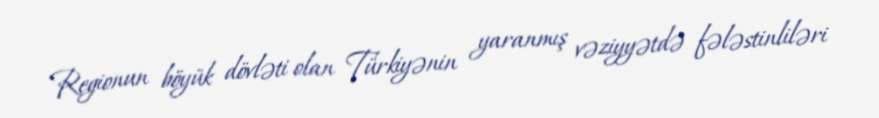
Regionun böyük dövləti olan Türkiyənin yaranmış vəziyyətdə fələstinliləri